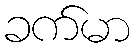
ခက်မာ